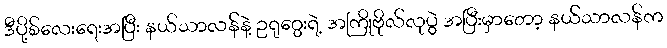
ဒီပို့စ်လေးရေးအပြီး နယ်သာလန်နဲ့ ဥရုဂွေးရဲ့ အကြိုဗိုလ်လုပွဲ အပြီးမှာတော့ နယ်သာလန်က